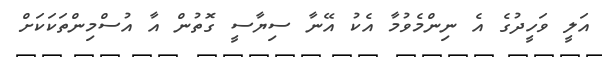
އަލީ ވަހީދުގެ އެ ނިންމެވުމާ އެކު އޭނާ ސިޔާސީ ގޮތުން އާ އުސްމިންތަކަކަށް